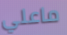
ماعلي